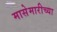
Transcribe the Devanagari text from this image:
मासेमारीच्या